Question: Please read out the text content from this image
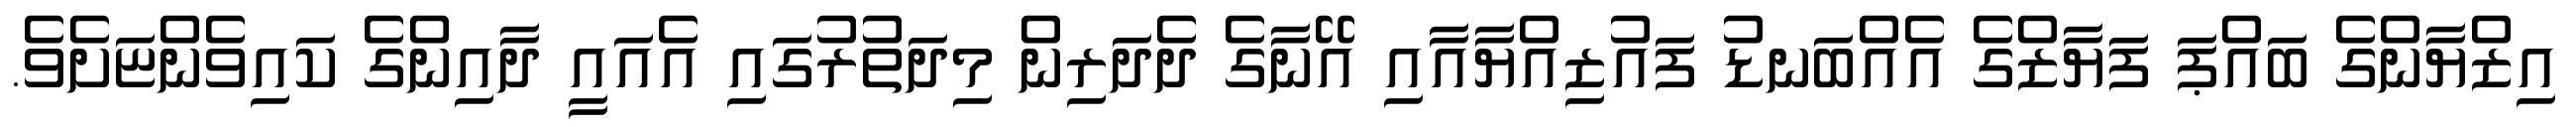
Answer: އިޒްޔާންގެ ބައްޕަ ފަޔާޒްގެ އެއްބަނޑު ފައުޒިއްޔާއާއި އޭނާގެ ދެދަރިން މިދަތުރުގައި އެއައީ ދާއިންގެ ކައިވެންޏަށެވެ.